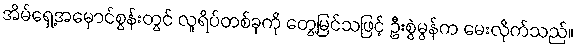
အိမ်ရှေ့အမှောင်စွန်းတွင် လူရိပ်တစ်ခုကို တွေ့မြင်သဖြင့် ဦးစွဲမွန်က မေးလိုက်သည်။